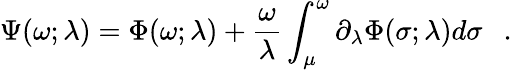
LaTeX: \Psi(\omega;\lambda)=\Phi(\omega;\lambda)+{\frac{\omega}{\lambda}}\int_{\mu}^{\omega}\partial_{\lambda}\Phi(\sigma;\lambda)d\sigma~~~.